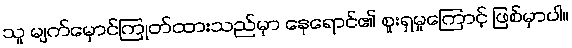
သူ မျက်မှောင်ကြုတ်ထားသည်မှာ နေရောင်၏ စူးရှမှုကြောင့် ဖြစ်မှာပါ။